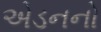
એડનનો